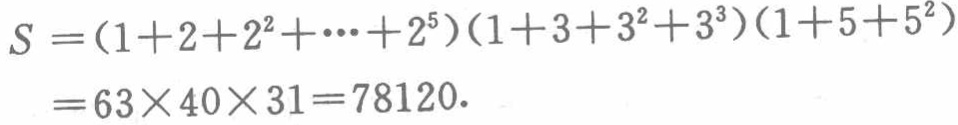
\[
\begin{align*}
S&=(1 + 2+2^{2}+\cdots+2^{5})(1 + 3+3^{2}+3^{3})(1 + 5+5^{2})\\
&=63\times40\times31 = 78120.
\end{align*}
\]